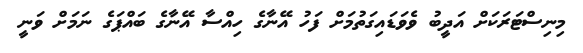
މިނިސްޓަރަކަށް އަދީބު ވެވަޑައިގަތުމަށް ފަހު އޭނާގެ ހިއްސާ އޭނާގެ ބައްޕަގެ ނަމަށް ވަނީ